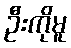
ဦးကိုမူ